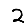
Digit: 2